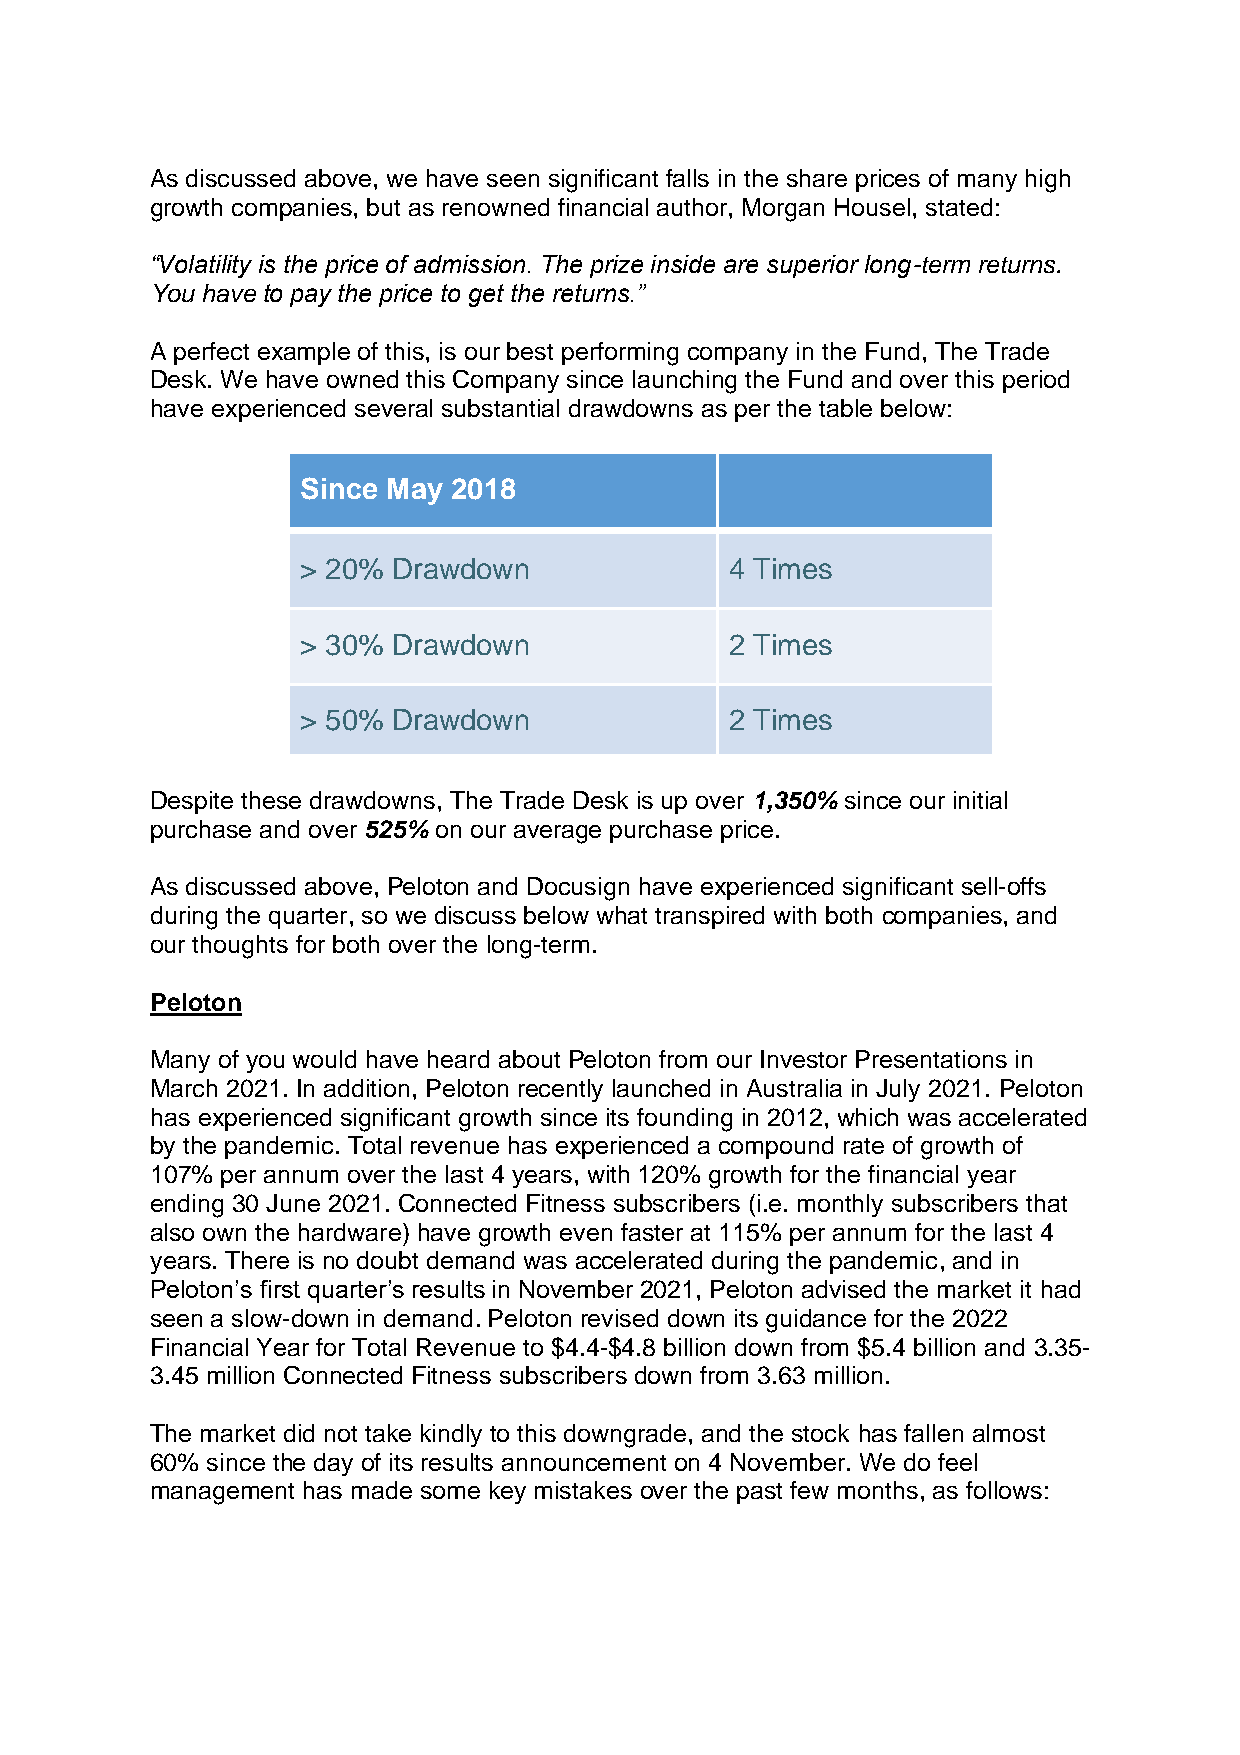
As discussed above, we have seen significant falls in the share prices of many high
 growth companies, but as renowned financial author, Morgan Housel, stated:
 “Volatility is the price of admission. The prize inside are superior long-term returns.
 You have to pay the price to get the returns.”
 A perfect example of this, is our best performing company in the Fund, The Trade
 Desk. We have owned this Company since launching the Fund and over this period
 have experienced several substantial drawdowns as per the table below:
 Since May 2018
 > 20% Drawdown              4 Times
 > 30% Drawdown              2 Times
 > 50% Drawdown              2 Times
 Despite these drawdowns, The Trade Desk is up over 1,350% since our initial
 purchase and over 525% on our average purchase price.
 As discussed above, Peloton and Docusign have experienced significant sell-offs
 during the quarter, so we discuss below what transpired with both companies, and
 our thoughts for both over the long-term.
 Peloton
 Many of you would have heard about Peloton from our Investor Presentations in
 March 2021. In addition, Peloton recently launched in Australia in July 2021. Peloton
 has experienced significant growth since its founding in 2012, which was accelerated
 by the pandemic. Total revenue has experienced a compound rate of growth of
 107% per annum over the last 4 years, with 120% growth for the financial year
 ending 30 June 2021. Connected Fitness subscribers (i.e. monthly subscribers that
 also own the hardware) have growth even faster at 115% per annum for the last 4
 years. There is no doubt demand was accelerated during the pandemic, and in
 Peloton’s first quarter’s results in November 2021, Peloton advised the market it had
 seen a slow-down in demand. Peloton revised down its guidance for the 2022
 Financial Year for Total Revenue to $4.4-$4.8 billion down from $5.4 billion and 3.35-
 3.45 million Connected Fitness subscribers down from 3.63 million.
 The market did not take kindly to this downgrade, and the stock has fallen almost
 60% since the day of its results announcement on 4 November. We do feel
 management has made some key mistakes over the past few months, as follows: